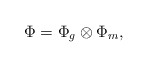
\begin{align*}\Phi = \Phi_{g} \otimes \Phi_m,\end{align*}